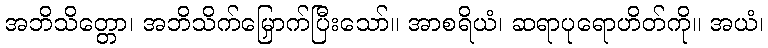
အဘိသိတ္တော၊ အဘိသိက်မြှောက်ပြီးသော်။ အာစရိယံ၊ ဆရာပုရောဟိတ်ကို။ အယံ၊